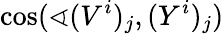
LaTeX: \cos(\sphericalangle(V^{i})_{j},(Y^{i})_{j})